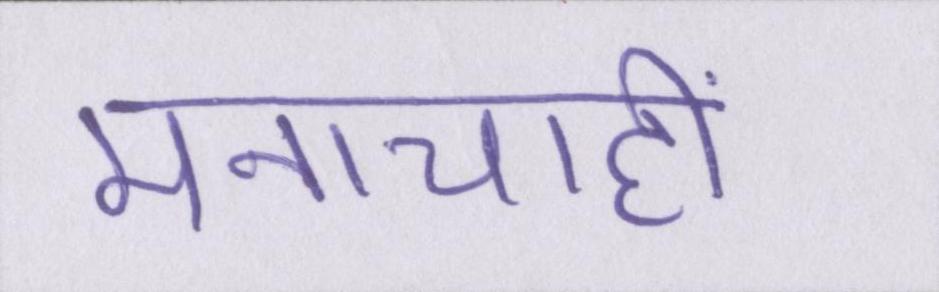
मनाचाही